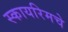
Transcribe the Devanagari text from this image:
स्कायरिमचे